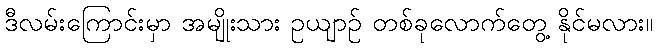
ဒီလမ်းကြောင်းမှာ အမျိုးသား ဥယျာဉ် တစ်ခုလောက်တွေ့ နိုင်မလား။